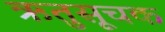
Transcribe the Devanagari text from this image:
ऋतुसूचक